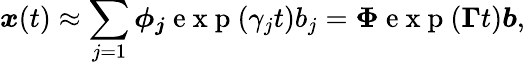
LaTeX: \boldsymbol{x}(t)\approx\sum_{j=1}\boldsymbol{\phi_{j}}\mathrm{~e~x~p~}(\gamma_{j}t)b_{j}=\boldsymbol{\Phi}\mathrm{~e~x~p~}(\boldsymbol{\Gamma}t)\boldsymbol{b},